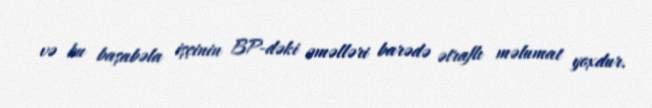
və bu başabəla işçinin BP-dəki əməlləri barədə ətraflı məlumat yoxdur.